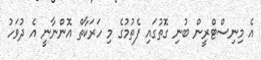
އެ މިނިސްޓްރީން ބުނި ގޮތުގައި ފެތުމުގެ މި ހަރަކާތް އޮންނާނީ އެ ދުވަހު